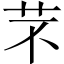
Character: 芣